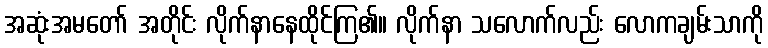
အဆုံးအမတော် အတိုင်း လိုက်နာနေထိုင်ကြ၏။ လိုက်နာ သလောက်လည်း လောကချမ်းသာကို